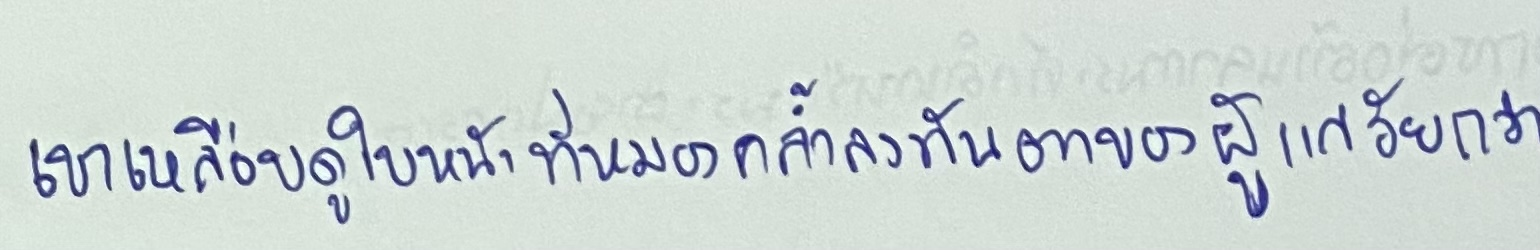
เขาเหลือบดูใบหน้าที่หมองคล้ำลงทันตาของผู้แก่วัยกว่า